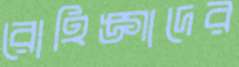
রোহিঙ্গাদের